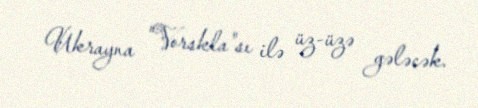
Ukrayna "Vorskla"sı ilə üz-üzə gələcək.